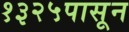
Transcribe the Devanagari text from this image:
१३२५पासून